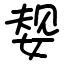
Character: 𫰹